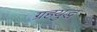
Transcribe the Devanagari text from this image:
ग्रहयुद्ध